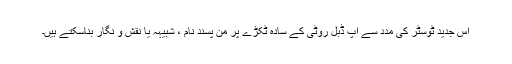
اس جدید ٹوسٹر کی مدد سے آپ ڈبل روٹی کے سادہ ٹکڑے پر من پسند نام ، شبیہہ یا نقش و نگار بناسکتے ہیں۔